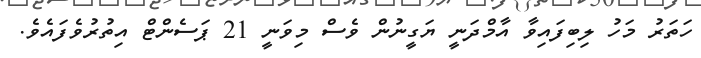
ހަތަރު މަހު ލިބިފައިވާ އާމްދަނީ ޔަގީނުން ވެސް މިވަނީ 21 ޕަސެންޓް އިތުރުވެފައެވެ.